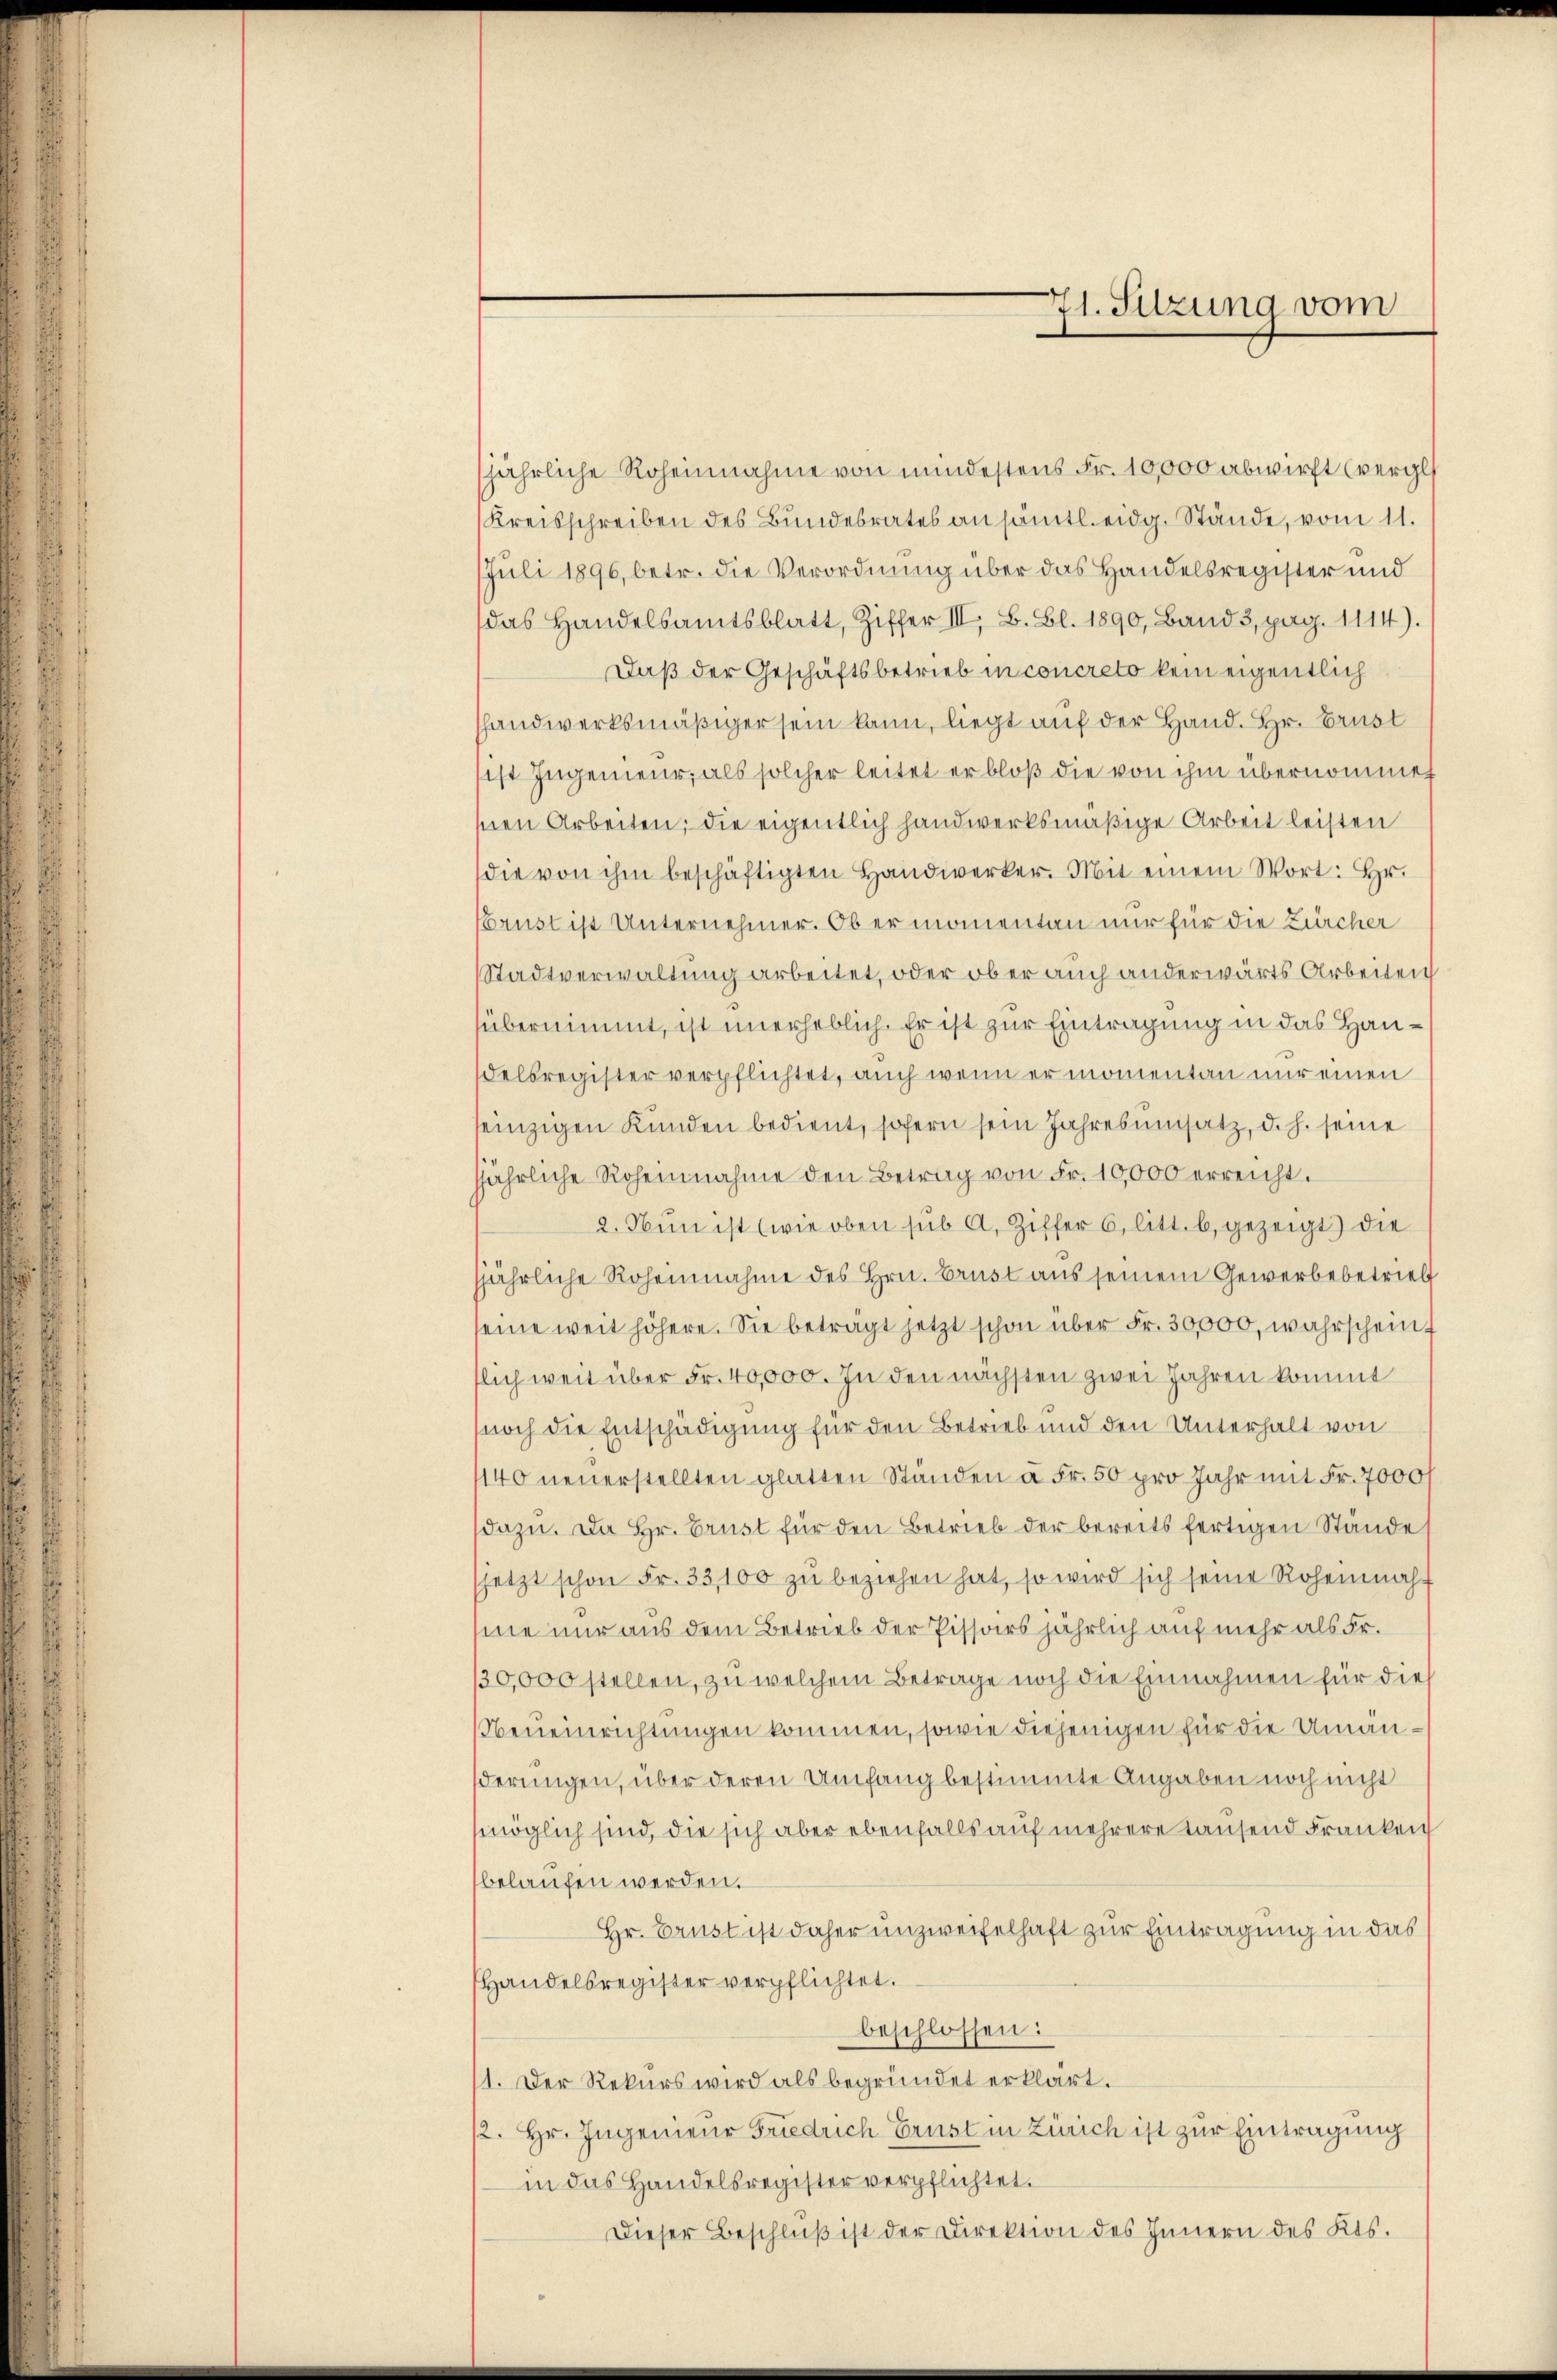
71. Sitzung vom

jährliche Roheinnahme von mindestens Fr. 10,000 abwirft (vergl
Kreisschreiben des Bundesrates an sämtl. eidg. Stände, vom 11.
Juli 1896, betr. die Verordnung über das Handelsregister und
das Handelsamtsblatt, Ziffer III. B. Bl. 1890, Band 3, pag. 1114).
Daß der Geschäftsbetrieb in concreto kein eigentlich
handwerksmäßiger sein kann, liegt auf der Hand. Hr. Brust
ist Ingenieur, als solcher leitet er bloß die von ihm übernommet
hnen Arbeiten, die eigentlich handwerksmäßige Arbeit leisten
die von ihm beschäftigten Handwerker. Mit einem Wort: Hr.
Prust ist Unternehmer. Ob er monentan nur für die Zürcher
Stadtverwaltung arbeitet, oder ob er auch anderwärts Arbeiten
übernimmt, ist unerheblich. Er ist zur Eintragung in das Handelsregister verpflichtet, auch wenn er momentan nur einen
seinzigen Kunden bedient, sofern sein Jahresumsatz, d. h. seine
sjährliche Roheinnahme den Betrag von Fr. 10,000 erreicht.
2. Nun ist (wie oben sub A. Ziffer 6 litt. b. gezeigt) die
jjährliche Roheinnahme des Hrn. Brust aus seinem Gewerbebetriebf
seine weit höhere. Sie betragt jetzt schon über Fr. 30,000, wahrscheint
flich weit über Fr. 40,000. In den nächsten zwei Jahren kommt
noch die Entschädigung für den Betrieb und den Unterhalt von
140 neuerstellten glatten Ständen à Fr. 50 pro Jahr mit Fr. 7000 f
dazu. Da Hr. Brust für den Betrieb der bereits fertigen Stände s
jetzt schon Fr. 33100 zŭ beziehen hat, so wird sich seine Rohenmahsie nur aus dem Betrieb der Pissors jährlich auf mehr als Fr.
130,000 stellen, zu welchem Betrage noch die Einnahmen für dies
NNeueinrichtungen kommen, sowie diejenigen für die Umänderungen, über deren Umfang bestimmte Angaben noch nicht
möglich sind, die sich aber ebenfalls auf mehrere Hausend Franken
belaufen werden.
Hr. Brust ist daher unzweifelhaft zur Eintragung in das
Handelsregister verpflichtet.
beschlossen:
1. Der Rekurs wird als begründet erklärt.
2. Hr. Ingenieur Friedrich Ernst in Zürich ist zur Eintragung
in das Handelsregister verpflichtet.
Dieser Beschlŭβ ist der Direktion des Innern des Kts.